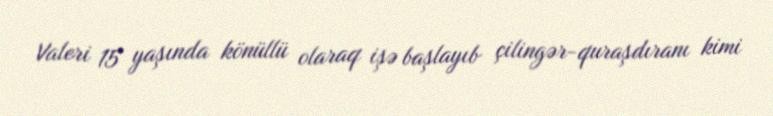
Valeri 15 yaşında könüllü olaraq işə başlayıb çilingər-quraşdıranı kimi